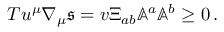
T u ^ { \mu } \nabla _ { \mu } \mathfrak { s } = v \Xi _ { a b } \mathbb { A } ^ { a } \mathbb { A } ^ { b } \geq 0 \, .